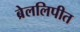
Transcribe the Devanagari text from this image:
ब्रेललिपीत